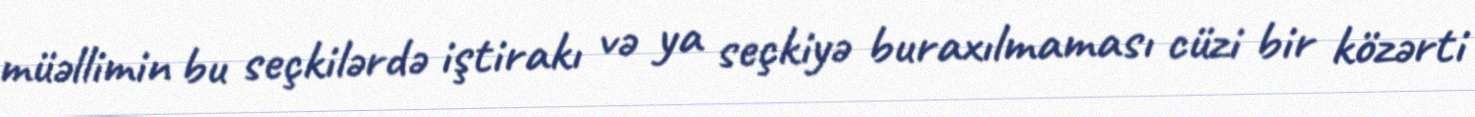
müəllimin bu seçkilərdə iştirakı və ya seçkiyə buraxılmaması cüzi bir közərti